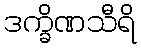
ဒက္ခိဏသီရိ